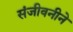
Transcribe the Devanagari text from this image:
संजीवनीने